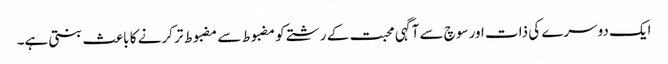
ایک دوسرے کی ذات اور سوچ سے آگہی محبت کے رشتے کو مضبوط سے مضبوط تر کرنے کا باعث بنتی ہے۔